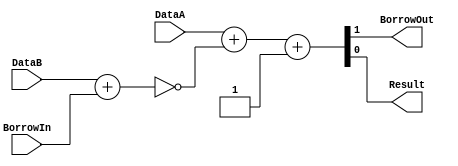
/******************************************************************************
 ** Logisim goes FPGA automatic generated Verilog code                       **
 **                                                                          **
 ** Component : Subtractor                                                   **
 **                                                                          **
 ******************************************************************************/

`timescale 1ns/1ps
module Subtractor( BorrowIn,
                   DataA,
                   DataB,
                   BorrowOut,
                   Result);

   /***************************************************************************
    ** Here all module parameters are defined with a dummy value             **
    ***************************************************************************/
   parameter ExtendedBits = 1;
   parameter NrOfBits = 1;


   /***************************************************************************
    ** Here the inputs are defined                                           **
    ***************************************************************************/
   input  BorrowIn;
   input[NrOfBits-1:0]  DataA;
   input[NrOfBits-1:0]  DataB;

   /***************************************************************************
    ** Here the outputs are defined                                          **
    ***************************************************************************/
   output BorrowOut;
   output[NrOfBits-1:0] Result;

   /***************************************************************************
    ** Here the internal wires are defined                                   **
    ***************************************************************************/
   wire s_carry;
   wire[ExtendedBits-1:0] s_extended_dataA;
   wire[ExtendedBits-1:0] s_extended_dataB;
   wire[NrOfBits-1:0] s_inverted_dataB;
   wire[ExtendedBits-1:0] s_sum_result;

   //assign   {s_carry,Result} = DataA + ~(DataB) + ~(BorrowIn);
   //assign   BorrowOut = ~s_carry;
   //
   assign   {s_carry,Result} = DataA + ~(DataB+BorrowIn) + 1;
   assign   BorrowOut = s_carry;

endmodule